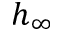
h _ { \infty }